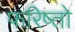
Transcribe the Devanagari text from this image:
फरिष्तो